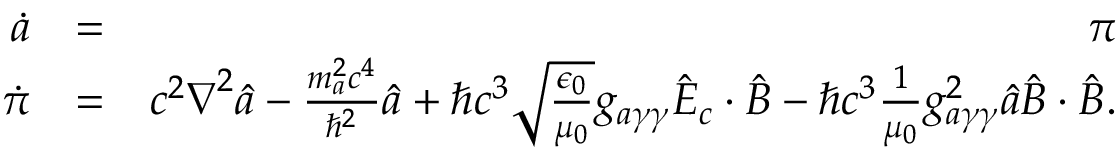
\begin{array} { r l r } { \dot { a } } & { = } & { \pi } \\ { \dot { \pi } } & { = } & { c ^ { 2 } \boldsymbol \nabla ^ { 2 } \hat { a } - \frac { m _ { a } ^ { 2 } c ^ { 4 } } { \hbar ^ { 2 } } \hat { a } + \hbar c ^ { 3 } \sqrt { \frac { \epsilon _ { 0 } } { \mu _ { 0 } } } g _ { a \gamma \gamma } \hat { \boldsymbol E } _ { c } \cdot \hat { \boldsymbol B } - \hbar c ^ { 3 } \frac { 1 } { \mu _ { 0 } } g _ { a \gamma \gamma } ^ { 2 } \hat { a } \hat { \boldsymbol B } \cdot \hat { \boldsymbol B } . } \end{array}